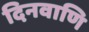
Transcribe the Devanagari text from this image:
दिनवाणि